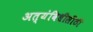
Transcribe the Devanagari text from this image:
अत्यंविधीसीठी